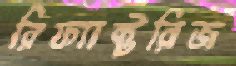
রিফ্যাক্টরিজ